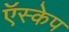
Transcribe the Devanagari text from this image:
ऍस्केप